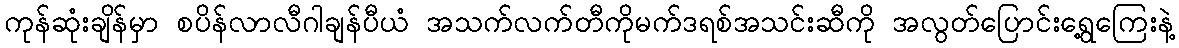
ကုန်ဆုံးချိန်မှာ စပိန်လာလီဂါချန်ပီယံ အသက်လက်တီကိုမက်ဒရစ်အသင်းဆီကို အလွတ်ပြောင်းရွေ့ကြေးနဲ့